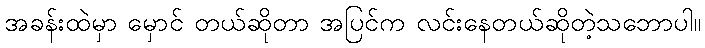
အခန်းထဲမှာ မှောင် တယ်ဆိုတာ အပြင်က လင်းနေတယ်ဆိုတဲ့သဘောပါ။